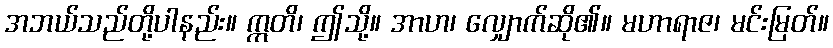
အဘယ်သည်တို့ပါနည်း။ ဣတိ၊ ဤသို့။ အာဟ၊ လျှောက်ဆို၏။ မဟာရာဇ၊ မင်းမြတ်။